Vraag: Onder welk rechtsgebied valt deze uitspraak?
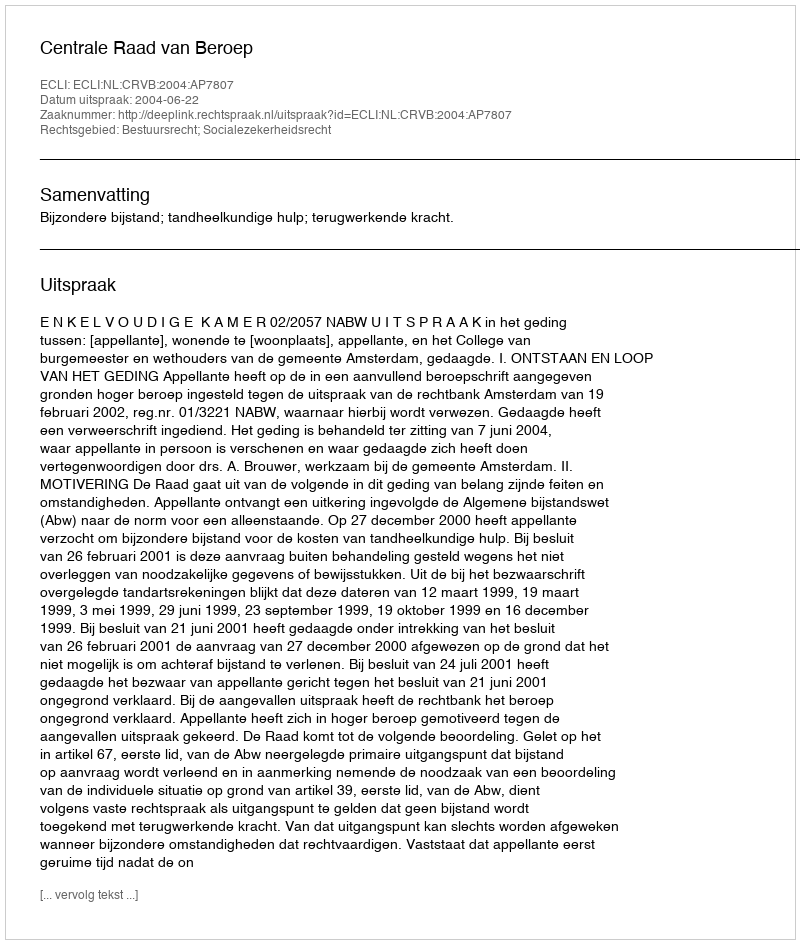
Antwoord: Bestuursrecht; Socialezekerheidsrecht